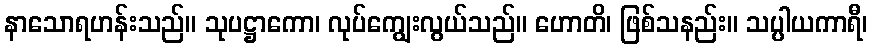
နာသောရဟန်းသည်။ သုပဋ္ဌာကော၊ လုပ်ကျွေးလွယ်သည်။ ဟောတိ၊ ဖြစ်သနည်း။ သပ္ပါယကာရီ၊